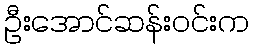
ဦးအောင်ဆန်းဝင်းက